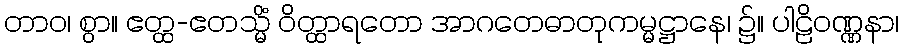
တာဝ၊ စွာ။ ဧတ္ထ-ဧတသ္မိံ ဝိတ္ထာရတော အာဂတေဓာတုကမ္မဋ္ဌာနေ၊ ၌။ ပါဠိဝဏ္ဏနာ၊